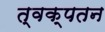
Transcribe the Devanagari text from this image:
त्वक्‌पतन